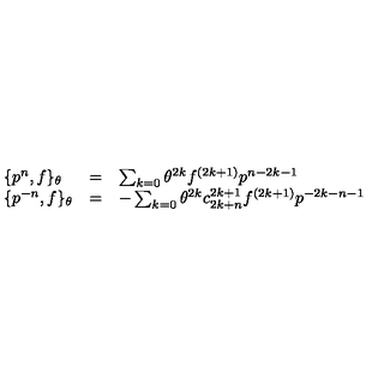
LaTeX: \begin{array} { l c l } { \{ p ^ { n } , f \} _ { \theta } } & { = } & { \sum _ { k = 0 } { \theta } ^ { 2 k } f ^ { ( 2 k + 1 ) } p ^ { n - 2 k - 1 } } \\ { \{ p ^ { - n } , f \} _ { \theta } } & { = } & { - \sum _ { k = 0 } { \theta } ^ { 2 k } c _ { 2 k + n } ^ { 2 k + 1 } f ^ { ( 2 k + 1 ) } p ^ { - 2 k - n - 1 } } \\ \end{array}